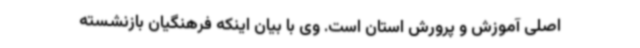
اصلی آموزش و پرورش استان است. وی با بیان اینکه فرهنگیان بازنشسته